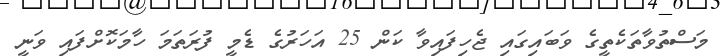
މަސްތުވާތަކެތީގެ ވަބައިގައި ޖެހިފައިވާ ކަން 25 އަހަރުގެ ޑެމީ ފުރަތަމަ ހާމަކޮށްފައި ވަނީ